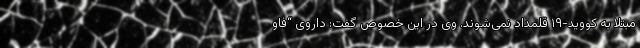
مبتلا به کووید-۱۹ قلمداد نمی‌شوند. وی در این خصوص گفت: داروی “فاو